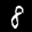
Label: 8